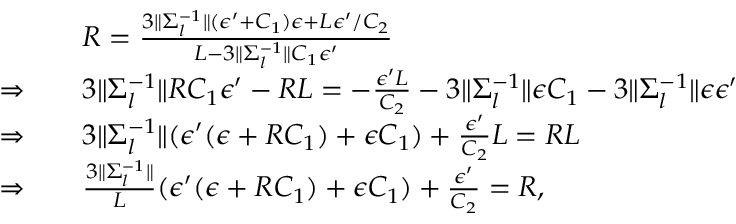
\begin{array} { r l } & { R = \frac { 3 \| \Sigma _ { l } ^ { - 1 } \| ( \epsilon ^ { \prime } + C _ { 1 } ) \epsilon + L \epsilon ^ { \prime } / C _ { 2 } } { L - 3 \| \Sigma _ { l } ^ { - 1 } \| C _ { 1 } \epsilon ^ { \prime } } } \\ { \Rightarrow \quad } & { 3 \| \Sigma _ { l } ^ { - 1 } \| R C _ { 1 } \epsilon ^ { \prime } - R L = - \frac { \epsilon ^ { \prime } L } { C _ { 2 } } - 3 \| \Sigma _ { l } ^ { - 1 } \| \epsilon C _ { 1 } - 3 \| \Sigma _ { l } ^ { - 1 } \| \epsilon \epsilon ^ { \prime } } \\ { \Rightarrow \quad } & { 3 \| \Sigma _ { l } ^ { - 1 } \| ( \epsilon ^ { \prime } ( \epsilon + R C _ { 1 } ) + \epsilon C _ { 1 } ) + \frac { \epsilon ^ { \prime } } { C _ { 2 } } L = R L } \\ { \Rightarrow \quad } & { \frac { 3 \| \Sigma _ { l } ^ { - 1 } \| } { L } ( \epsilon ^ { \prime } ( \epsilon + R C _ { 1 } ) + \epsilon C _ { 1 } ) + \frac { \epsilon ^ { \prime } } { C _ { 2 } } = R , } \end{array}